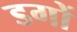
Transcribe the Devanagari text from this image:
डगों